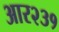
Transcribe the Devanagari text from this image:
आर२३१